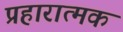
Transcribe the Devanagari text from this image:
प्रहारात्मक